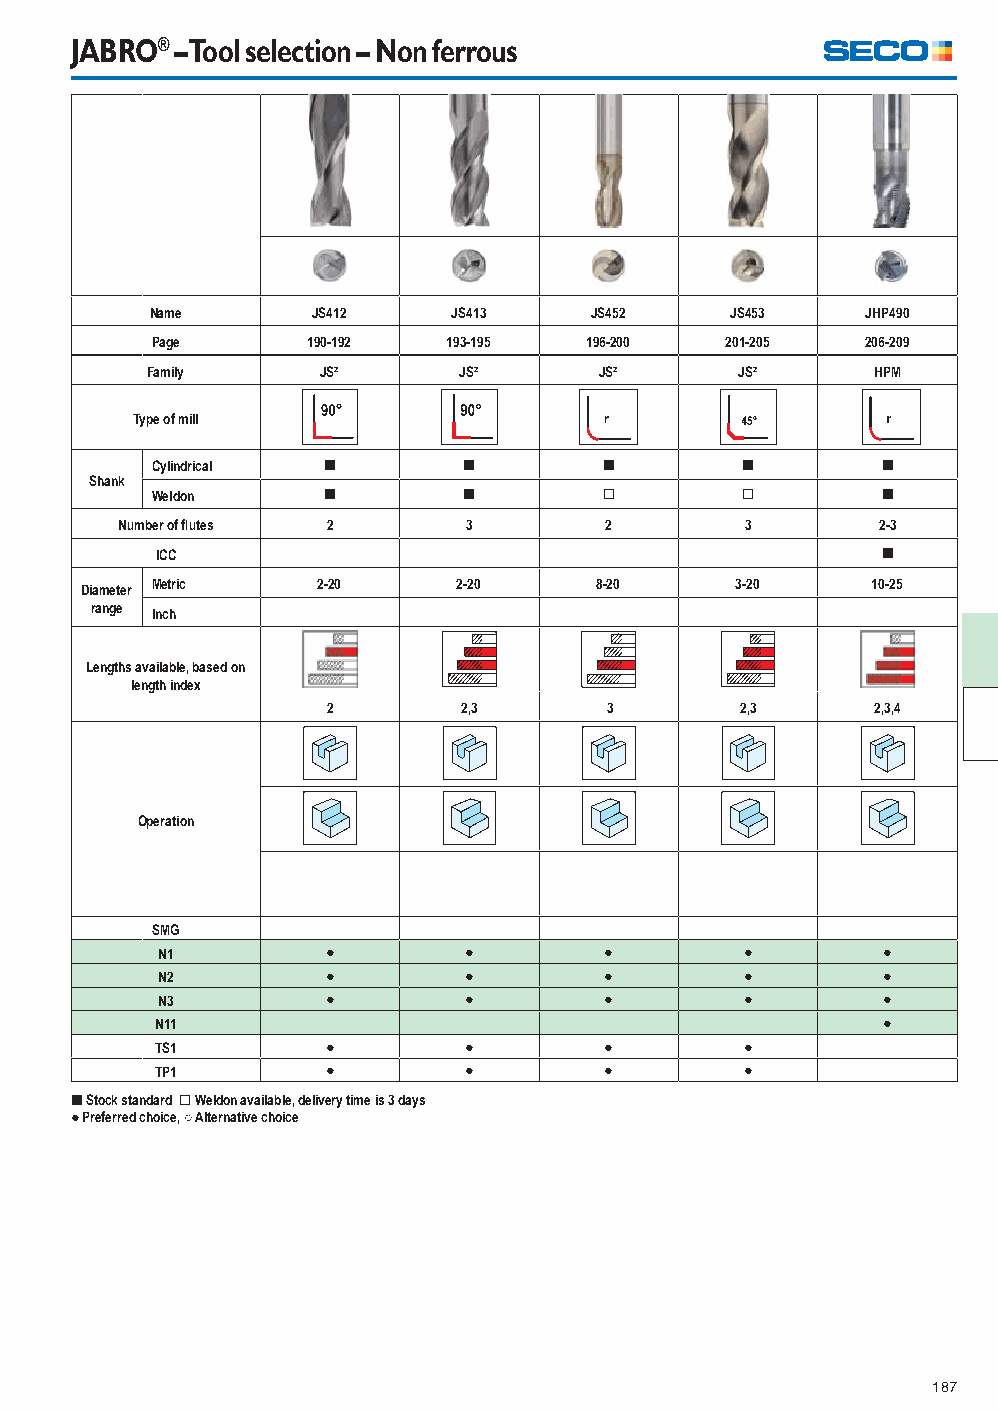
JABRO® – Tool selection – Non ferrous
 Name       JS412    JS413    JS452    JS453    JHP490
 Page      190-192   193-195  196-200  201-205  206-209
 Family     JS²      JS²       JS²      JS²      HPM
 Type of mill
 Cylindrical [        [        [        [        [
 Shank
 Weldon     [         [        ]        ]        [
 Number of fl utes 2    3        2        3        2-3
 ICC                                             [
 Diameter Metric 2-20     2-20      8-20     3-20     10-25
 range Inch
 Lengths available, based on
 length index
 2        2,3      3        2,3      2,3,4
 Operation
 SMG
 N1          ●        ●        ●        ●        ●
 N2          ●        ●        ●        ●        ●
 N3          ●        ●        ●        ●        ●
 N11                                             ●
 TS1         ●        ●        ●        ●
 TP1         ●        ●        ●        ●
 [ Stock standard ] Weldon available, delivery time is 3 days
 ● Preferred choice, ○ Alternative choice
 187